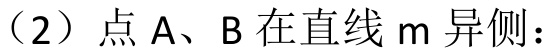
（2）点$A$、$B$在直线$m$异侧：